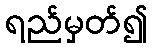
ရည်မှတ်၍